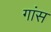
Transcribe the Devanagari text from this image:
गांस